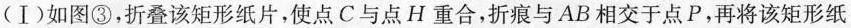
(Ⅰ)如图③，折叠该矩形纸片，使点C与点H重合，折痕与AB相交于点P，再将该矩形纸